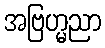
အဗြဟ္မညာ